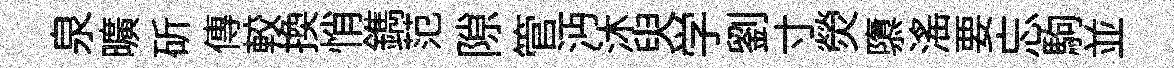
泉曠斫傳較換悄鐫范隙管沔沐臾学劉寸熒隳滛要忘駒並